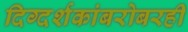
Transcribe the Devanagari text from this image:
दिग्दर्शकांबरोबरही